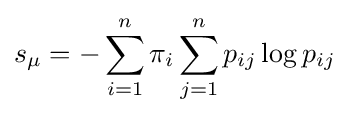
s_{\mu }=-\sum _{i=1}^{n}\pi _{i}\sum _{j=1}^{n}p_{ij}\log p_{ij}